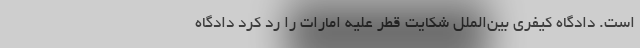
است. دادگاه کیفری بین‌الملل شکایت قطر علیه امارات را رد کرد دادگاه